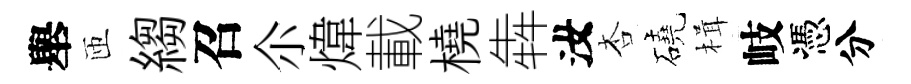
舉匝縐召尒煒載橈犇汝杏磽楫岐憑分